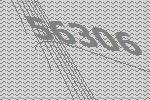
56306